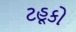
ટહૂકો